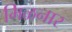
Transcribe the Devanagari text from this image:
मिळनार